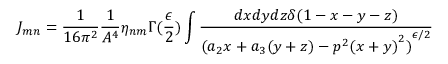
J _ { m n } = \frac { 1 } { 1 6 \pi ^ { 2 } } \frac { 1 } { A ^ { 4 } } \eta _ { n m } \Gamma ( \frac { \epsilon } { 2 } ) \int \frac { d x d y d z \delta ( 1 - x - y - z ) } { { ( a _ { 2 } x + a _ { 3 } ( y + z ) - p ^ { 2 } { ( x + y ) } ^ { 2 } ) } ^ { \epsilon / 2 } }